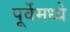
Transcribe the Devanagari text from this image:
पूर्वेमध्ये